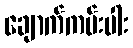
ချောက်ကမ်းပါး